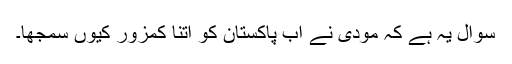
سوال یہ ہے کہ مودی نے اب پاکستان کو اتنا کمزور کیوں سمجھا۔